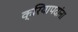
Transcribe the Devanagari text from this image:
क्रियापदांना